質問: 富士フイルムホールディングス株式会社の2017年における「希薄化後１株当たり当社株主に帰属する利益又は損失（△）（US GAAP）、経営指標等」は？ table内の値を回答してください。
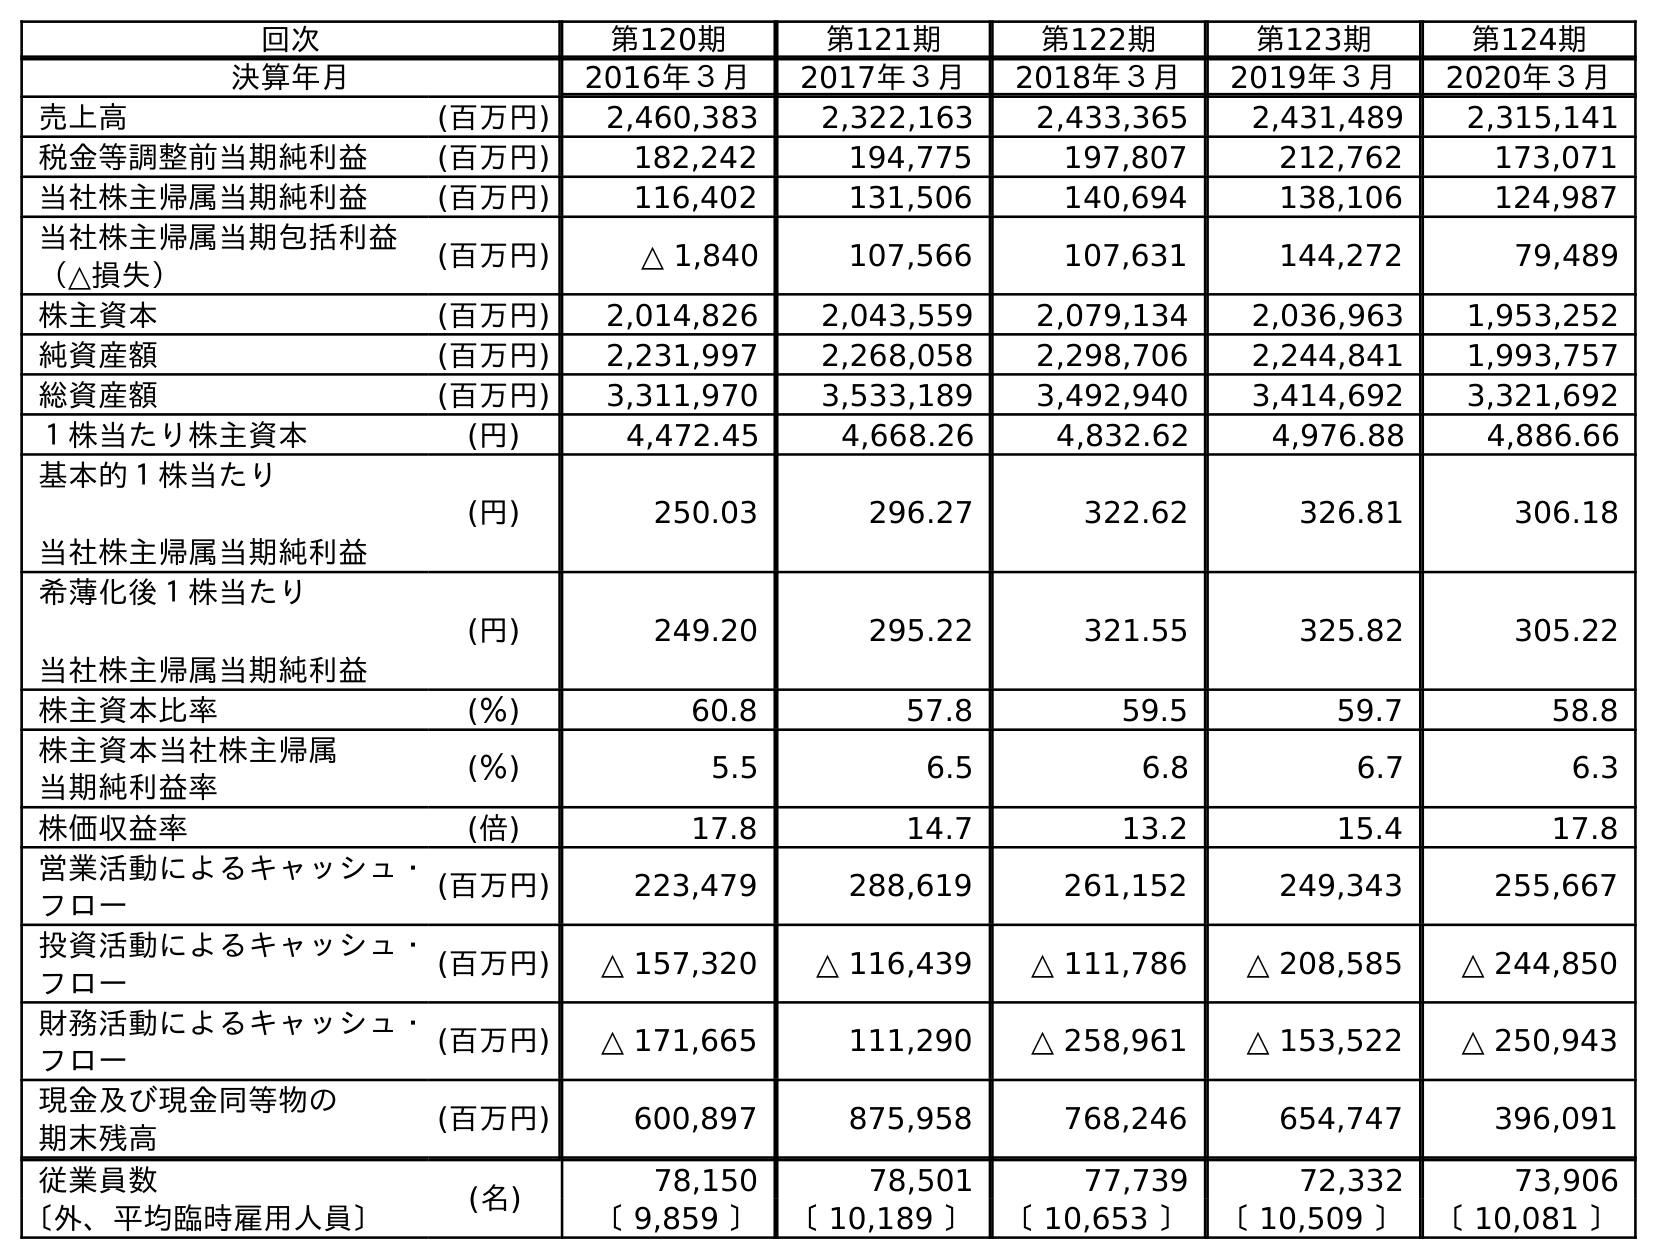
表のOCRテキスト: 回次 第120期 第121期 第122期 第123期 第124期 決算年月 2016年３月 2017年３月 2018年３月 2019年３月 2020年３月 売上高 (百万円) 2,460,383 2,322,163 2,433,365 2,431,489 2,315,141 税金等調整前当期純利益 (百万円) 182,242 194,775 197,807 212,762 173,071 当社株主帰属当期純利益 (百万円) 116,402 131,506 140,694 138,106 124,987 当社株主帰属当期包括利益 （△損失） (百万円) △ 1,840 107,566 107,631 144,272 79,489 株主資本 (百万円) 2,014,826 2,043,559 2,079,134 2,036,963 1,953,252 純資産額 (百万円) 2,231,997 2,268,058 2,298,706 2,244,841 1,993,757 総資産額 (百万円) 3,311,970 3,533,189 3,492,940 3,414,692 3,321,692 １株当たり株主資本 (円) 4,472.45 4,668.26 4,832.62 4,976.88 4,886.66 基本的１株当たり 当社株主帰属当期純利益 (円) 250.03 296.27 322.62 326.81 306.18 希薄化後１株当たり 当社株主帰属当期純利益 (円) 249.20 295.22 321.55 325.82 305.22 株主資本比率 (％) 60.8 57.8 59.5 59.7 58.8 株主資本当社株主帰属 当期純利益率 (％) 5.5 6.5 6.8 6.7 6.3 株価収益率 (倍) 17.8 14.7 13.2 15.4 17.8 営業活動によるキャッシュ・ フロー (百万円) 223,479 288,619 261,152 249,343 255,667 投資活動によるキャッシュ・ フロー (百万円) △ 157,320 △ 116,439 △ 111,786 △ 208,585 △ 244,850 財務活動によるキャッシュ・ フロー (百万円) △ 171,665 111,290 △ 258,961 △ 153,522 △ 250,943 現金及び現金同等物の 期末残高 (百万円) 600,897 875,958 768,246 654,747 396,091 従業員数 (名) 78,150 78,501 77,739 72,332 73,906 〔外、平均臨時雇用人員〕 〔 9,859 〕 〔 10,189 〕 〔 10,653 〕 〔 10,509 〕 〔 10,081 〕
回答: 295.22